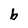
Character: b